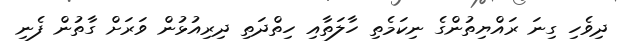
ދިވެހި ގިނަ ރައްޔިތުންގެ ނިކަމެތި ހާލަތާއި ހިތްދަތި ދިރިއުޅުން ވަރަށް ގާތުން ފެނި